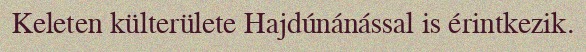
Keleten külterülete Hajdúnánással is érintkezik.